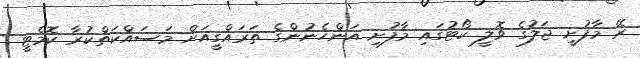
ރޭ މާފުށީ ޖަލުގެ ވޮލީ ކޯޓުގައި މާފުށި އަންހެނުންގެ ތަރައްގީއަށް މަސައްކަތްކުރާ ކޮމެޓީ